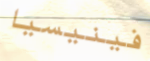
فينيسيا